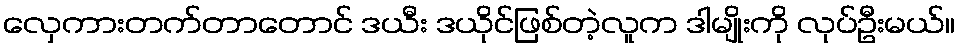
လှေကားတက်တာတောင် ဒယီး ဒယိုင်ဖြစ်တဲ့လူက ဒါမျိုးကို လုပ်ဦးမယ်။